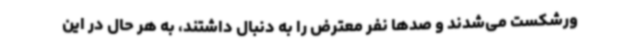
ورشکست می‌شدند و صدها نفر معترض را به دنبال داشتند، به هر حال در این